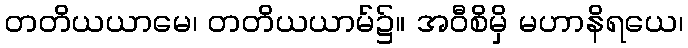
တတိယယာမေ၊ တတိယယာမ်၌။ အဝီစိမှိ မဟာနိရယေ၊